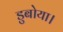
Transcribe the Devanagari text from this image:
डुबोया।